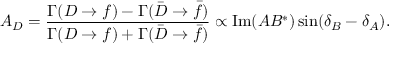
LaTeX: A _ { D } = \frac { \Gamma ( D \to f ) - \Gamma ( { \bar { D } } \to { \bar { f } } ) } { \Gamma ( D \to f ) + \Gamma ( { \bar { D } } \to { \bar { f } } ) } \propto \mathrm { I m } ( A B ^ { * } ) \sin ( \delta _ { B } - \delta _ { A } ) .